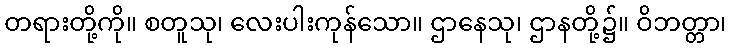
တရားတို့ကို။ စတူသု၊ လေးပါးကုန်သော။ ဌာနေသု၊ ဌာနတို့၌။ ဝိဘတ္တာ၊